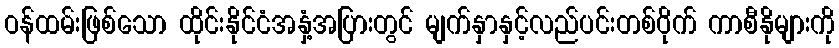
ဝန်ထမ်းဖြစ်သော ထိုင်းနိုင်ငံအနှံ့အပြားတွင် မျက်နှာနှင့်လည်ပင်းတစ်ဝိုက် ကာစီနိုများကို